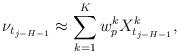
LaTeX: \begin{align*}\nu_{t_{j-H-1}} \approx \sum_{k=1}^K w_p^k X_{t_{j-H-1}}^k,\end{align*}